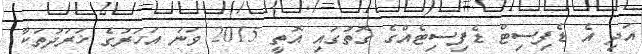
އަދި އެ ޑެފިސިޓް ޑެފިސިޓެއްގެ ގޮތުގައި އޮތީ 2015 ވަނަ އަހަރުގެ ޚަރަދުތަކާ